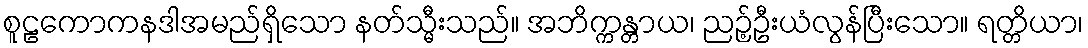
စူဠကောကနဒါအမည်ရှိသော နတ်သ္မီးသည်။ အဘိက္ကန္တာယ၊ ညဉ့်ဦးယံလွန်ပြီးသော။ ရတ္တိယာ၊